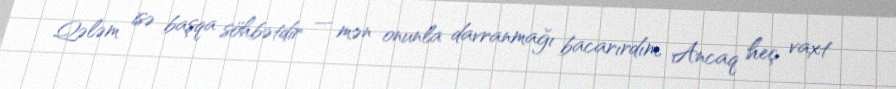
Qələm isə başqa söhbətdir — mən onunla davranmağı bacarırdım, Ancaq heç vaxt